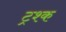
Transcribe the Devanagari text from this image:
ट्रश्क